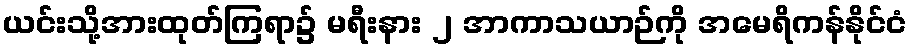
ယင်းသို့အားထုတ်ကြရာ၌ မရီးနား ၂ အာကာသယာဉ်ကို အမေရိကန်နိုင်ငံ